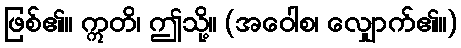
ဖြစ်၏။ ဣတိ၊ ဤသို့။ (အဝေါစ၊ လျှောက်၏။)